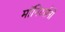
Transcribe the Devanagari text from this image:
मॉनिटर्सनी